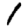
Digit: 1